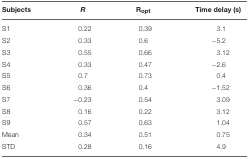
<table><thead><tr><td><b>Subjects</b></td><td><b><i>R</i></b></td><td><b>Ropt</b></td><td><b>Time delay (s)</b></td></tr></thead><tbody><tr><td>S1</td><td>0.22</td><td>0.39</td><td>3.1</td></tr><tr><td>S2</td><td>0.33</td><td>0.6</td><td>−5.2</td></tr><tr><td>S3</td><td>0.55</td><td>0.66</td><td>3.12</td></tr><tr><td>S4</td><td>0.33</td><td>0.47</td><td>−2.6</td></tr><tr><td>S5</td><td>0.7</td><td>0.73</td><td>0.4</td></tr><tr><td>S6</td><td>0.36</td><td>0.4</td><td>−1.52</td></tr><tr><td>S7</td><td>−0.23</td><td>0.54</td><td>3.09</td></tr><tr><td>S8</td><td>0.16</td><td>0.22</td><td>3.12</td></tr><tr><td>S9</td><td>0.57</td><td>0.63</td><td>1.04</td></tr><tr><td>Mean</td><td>0.34</td><td>0.51</td><td>0.75</td></tr><tr><td>STD</td><td>0.28</td><td>0.16</td><td>4.9</td></tr></tbody></table>